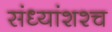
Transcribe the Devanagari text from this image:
संध्यांशश्च